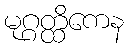
မုဂ္ဂတ္ထိကေန